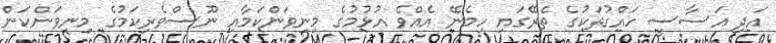
އަދި އަސާސީ ހައްގުތަކުގެ ތެރޭގައި ހިމެނޭ އެއްވެ އުޅުމުގެ މިނިވަންކަމާއި ނޫސްވެރިކަމުގެ މިނިވަންކަން